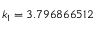
k _ { 1 } = 3 . 7 9 6 8 6 6 5 1 2